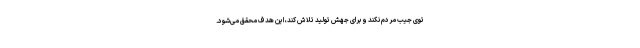
توی جیب مردم نکند و برای جهش تولید تلاش کند، این هدف محقق می‌شود.